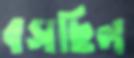
বসছিল